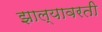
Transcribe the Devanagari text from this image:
झाल्यावरती